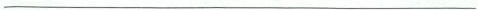
___